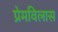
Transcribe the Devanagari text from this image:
प्रेमविलास